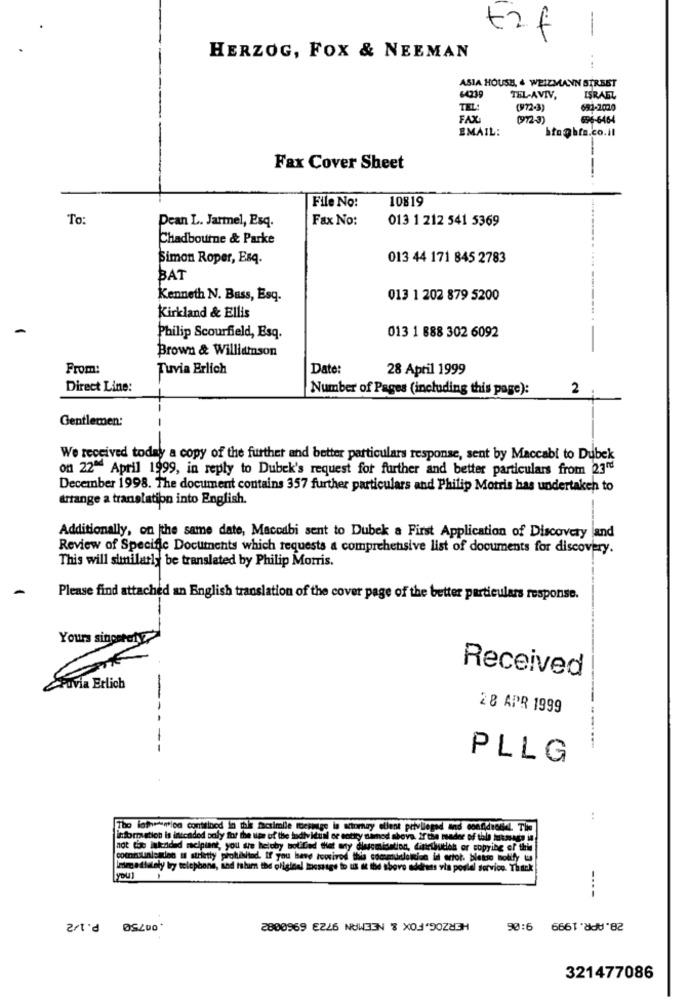
1
t2f
HERZOG, FOX & NEEMAN
ASIA HOUSH, . WEIZMANN STREET
64239
TEL-AVIV.
ISRAEL
TEL:
(972-3)
651-2020
FAX:
(972-3)
696-6464
EMAIL:
hto@bfs.co.il
Fax Cover Sheet
File No:
10819
To:
Pean L. Jarmel, Esq.
Fax No:
013 1 212 541 5369
Chadbourne & Parke
Simon Roper, Esq.
013 44 171 845 2783
BAT
Kenneth N. Buss, Esq.
013 1 202 879 5200
Kirkland & Ellis
Philip Scourfield, Esq.
013 1 888 302 6092
Brown & Williamson
From:
Tuvia Erlich
Date:
28 April 1999
Direct Line:
Number of Pages (including this page):
2
Gentlemen:
-
We received today a copy of the further and better particulars response, sent by Maccabi to Dubek
on 22" April 1999, in reply to Dubek's request for further and better particulars from 23"
December 1998. The document contains 357 further particulars and Philip Morris has undertaken to
arrange a translation into English.
Additionally, on the same date, Macodbi sent to Dubek a First Application of Discovery and
Review of Specific Documents which requests a comprehensive list of documents for discovery.
This will similarly be translated by Philip Morris.
Please find attached an English translation of the cover page of the better particulars response.
Yours sincerat
Received
ruvia Erlich
--
28 APR 1999
-
PLLG
The lotherion conttinod in the facsimile torsinige in storhay ellent privliegad and confidentiel. The
information is intended poly for the use of the individual or entity named above. If the tuader of tola mutssaga in
not the Intended recipient, you sure heloby bol fad that wty diesemidation, distribution or copying of this
prohibited. If you have toosivos tila communlotion id ertot. please notify ta
Immediately by telephone, sed hahum the original message to us at the above address via postal service. Thackk
you1
----
.00750 P.1/2
HERZOG, FOX & NEEMAN 9723 6960082
28.APR. 1999 9:06
321477086